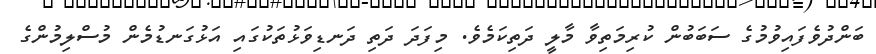
ބަންދުވެފައިވުމުގެ ސަބަބުން ކުރިމަތިވާ މާލީ ދަތިކަމެވެ. މިފަދަ ދަތި ދަނޑިވަޅުތަކުގައި އަޅުގަނޑުމެން މުސްލިމުންގެ